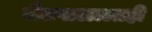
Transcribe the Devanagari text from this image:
जैतपाळालाही